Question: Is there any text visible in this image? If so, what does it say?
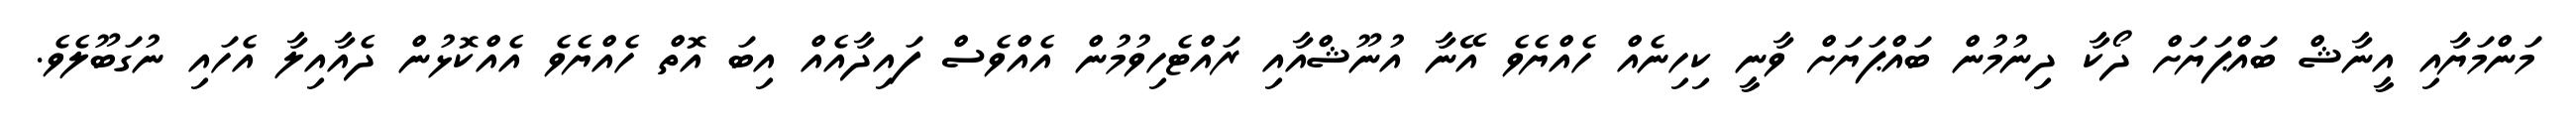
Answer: މަންމަޔާއި އީނާޝް ބައްޕަޔަށް ދޯކާ ދިނުމުން ބައްޕަޔަށް ވާނީ ކިހިނެއް ހެއްޔެވެ އޭނާ އުނޫޝްއާއި ރައްޓެހިވުމުން އެއްވެސް ފައިދާއެއް އިބަ އޮތް ހެއްޔެވެ އެއްކޮޅުން ދެއާއިލާ އެހައި ނުގަބޫލެވެ.